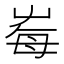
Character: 𡴕